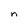
Character: n